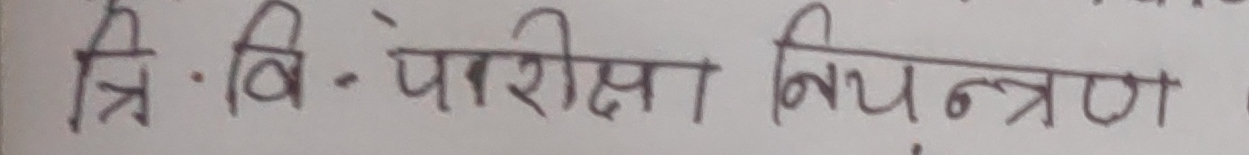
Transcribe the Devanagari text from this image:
त्रि.वि.परीक्षा नियन्त्रण